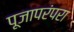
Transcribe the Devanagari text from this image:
पूजापरंपरा